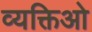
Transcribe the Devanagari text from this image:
व्यक्तिओ